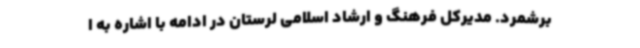
برشمرد. مدیرکل فرهنگ و ارشاد اسلامی لرستان در ادامه با اشاره به ا